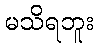
မသိရဘူး